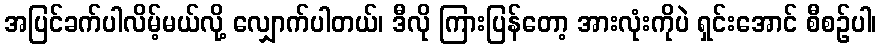
အပြင်ခက်ပါလိမ့်မယ်လို့ လျှောက်ပါတယ်၊ ဒီလို ကြားပြန်တော့ အားလုံးကိုပဲ ရှင်းအောင် စီစဉ်ပါ၊